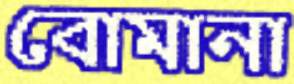
বোমানা